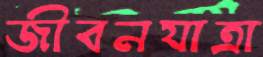
জীবনযাত্রা